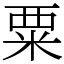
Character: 粟